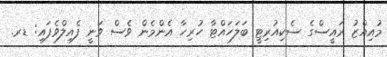
މުއިއްޒު ރައީސްގެ ސެކިއުރިޓީ ބަލަހައްޓާ ހުރިހާ އެންމެން ވެސް ވަނީ ފެއިލްވެފައި: ޑރ.